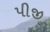
પીજી